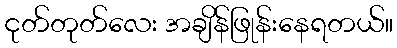
ငုတ်တုတ်လေး အချိန်ဖြုန်းနေရတယ်။